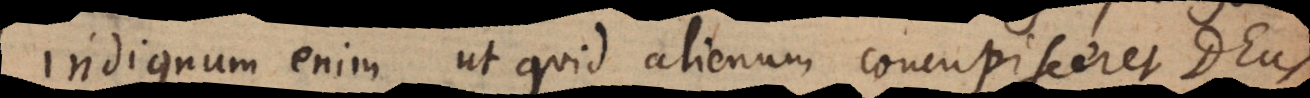
indignum enim ut quid alienum concupisceret Deus